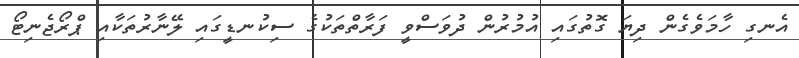
އެނގި ހާމަވެގެން ދިޔަ ގޮތުގައި އުމުރުން ދުވަސްވީ ފަރާތްތަކުގެ ސިކުނޑީގައި ލޭނާރުތަކާއި ޕްރޯޖެނިޓޯ